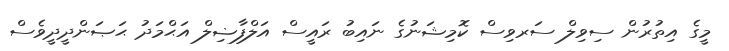
މީގެ އިތުރުން ސިވިލް ސަރވިސް ކޮމިޝަނުގެ ނައިބު ރައީސް އަލްފާޟިލް އަޙްމަދު ޙަޞަންދީދީވެސް